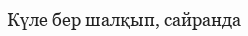
Күле бер шалқып, сайранда